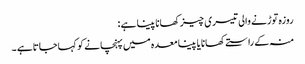
روزہ توڑنے والی تیسری چیز کھانا پینا ہے :
منہ کے راستےکھانا یا پینا معدہ میں پہنچانے کو کہاجاتاہے ۔